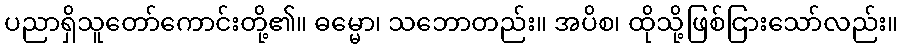
ပညာရှိသူတော်ကောင်းတို့၏။ ဓမ္မော၊ သဘောတည်း။ အပိစ၊ ထိုသို့ဖြစ်ငြားသော်လည်း။